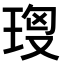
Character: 𤥘